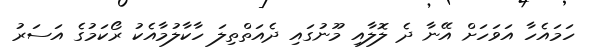
ހަމައެހާ އަވަހަށް އޭނާ ދެ ލޮލާއި މޫނުގައި ދެއަތްތިލަ ހާކާލުމާއެކު ރޯކަމުގެ އަސަރު